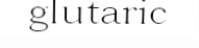
glutaric